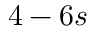
4 - 6 s